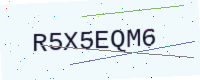
Text: R5X5EQM6